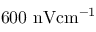
6 0 0 \ \mathrm { n V { c m } ^ { - 1 } }